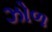
ઝોળ